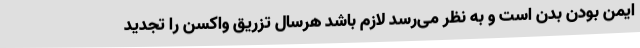
ایمن بودن بدن است و به نظر می‌رسد لازم باشد هرسال تزریق واکسن را تجدید